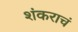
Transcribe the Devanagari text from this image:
शंकराचं